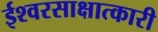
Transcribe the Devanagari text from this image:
ईश्वरसाक्षात्कारी